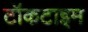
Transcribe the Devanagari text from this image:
टॉकटाइम